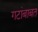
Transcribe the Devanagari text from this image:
गटांबाबत